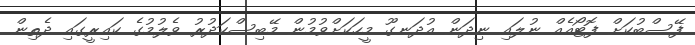
ފޭސްބުކަށް ފޮޓޯއެއް ނުލައި ނިދަން އުދަނގޫ މީހަކަށްވުމުން މޭބިސްކަދުރު ވެލުމުގެ ކައިރީގައި ދެތިން